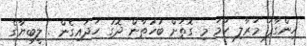
ހިންގާފަ މަރާލި ހަމަ މި ގޮތަށް ބުހުތާން ދޮގު ހަދައިގެން . ލީބިޔާގެ